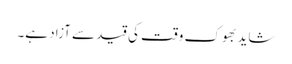
شاید بھوک وقت کی قید سے آزاد ہے۔